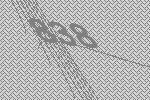
838